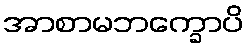
အာစာမဘက္ခောပိ